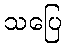
သပြေ